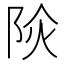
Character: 𨹈